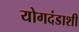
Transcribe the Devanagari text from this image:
योगदंडाशी